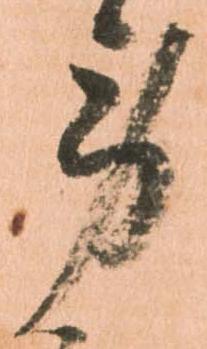
労